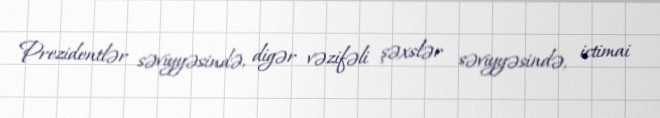
Prezidentlər səviyyəsində, digər vəzifəli şəxslər səviyyəsində, ictimai